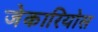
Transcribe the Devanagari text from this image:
जेकारियोस